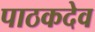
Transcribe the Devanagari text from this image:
पाठकदेव